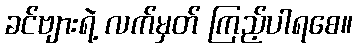
ခင်ဗျားရဲ့ လက်မှတ် ကြည့်ပါရစေ။